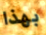
بهذا